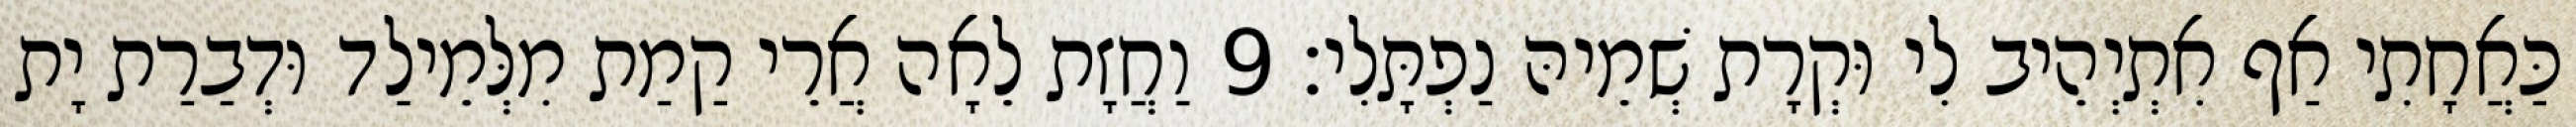
כַּאֲחָתִי אַף אִתְיְהֵיב לִי וּקְרָת שְׁמֵיהּ נַפְתָּלִי׃ 9 וַחֲזָת לֵאָה אֲרֵי קַמַת מִלְּמֵילַד וּדְבַרַת יָת